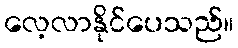
လေ့လာနိုင်ပေသည်။